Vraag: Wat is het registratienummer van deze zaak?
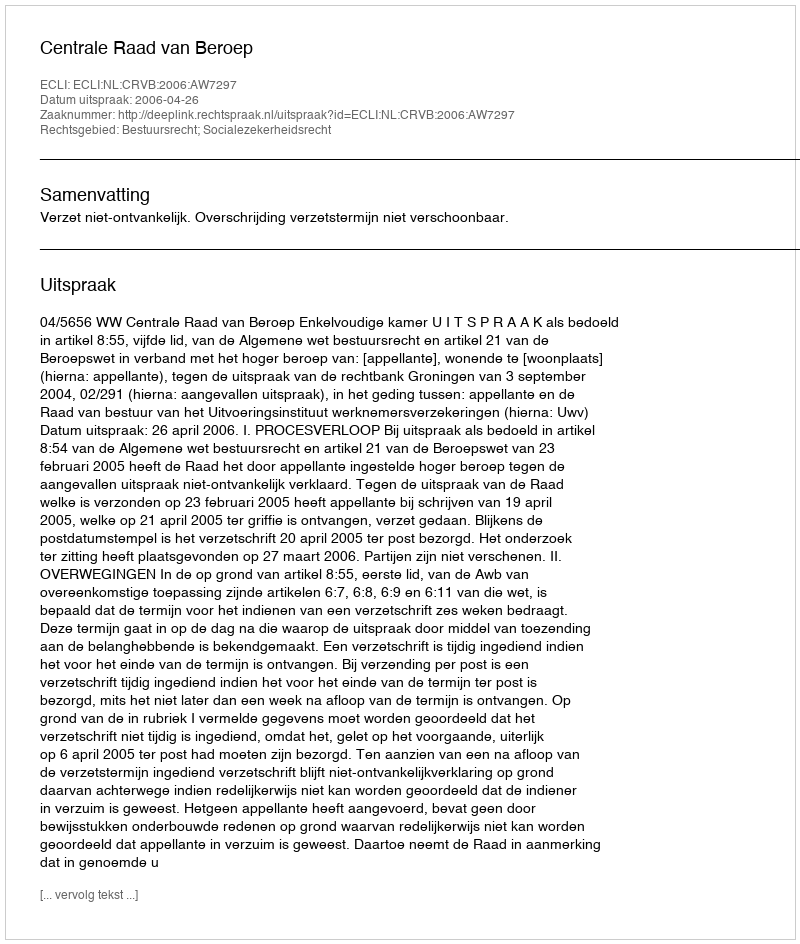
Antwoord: http://deeplink.rechtspraak.nl/uitspraak?id=ECLI:NL:CRVB:2006:AW7297